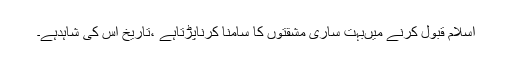
اسلام قبول کرنے میںبہت ساری مشقتوں کا سامنا کرناپڑتاہے ،تاریخ اس کی شاہدہے۔